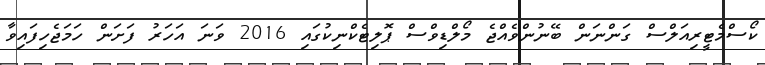
ކޯސްމެޓީރިއަލްސް ގަންނަން ބޭނުންވެއްޖެ މޯލްޑިވްސް ޕޮލިޓެކްނިކުގައި 2016 ވަނަ އަހަރު ފަށަން ހަމަޖެހިފައިވާ